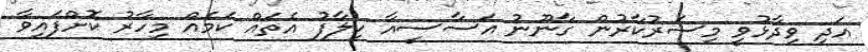
އަދި ވިދާޅުވީ މިސަރުކާރުން ގާނޫނު އަސާސީއާ ހިލާފު އެތައް ކަމެއް މިހާރު ކޮށްފައިވާ